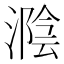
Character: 𣼩